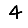
Digit: 4